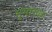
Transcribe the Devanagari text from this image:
भूभागक